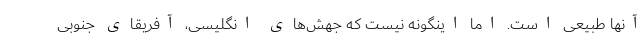
آنها طبیعی است. اما اینگونه نیست که جهش‌های انگلیسی، آفریقای جنوبی